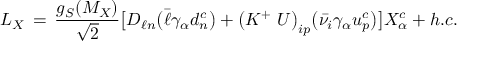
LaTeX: { \cal L } _ { X } \, = \, \frac { g _ { S } ( M _ { X } ) } { \sqrt 2 } \big [ { \cal D } _ { \ell n } \big ( \bar { \ell } \gamma _ { \alpha } d _ { n } ^ { c } \big ) + \big ( { \cal K ^ { + } \; \cal U } \big ) _ { i p } \big ( \bar { \nu _ { i } } \gamma _ { \alpha } u _ { p } ^ { c } \big ) \big ] X _ { \alpha } ^ { c } + h . c .